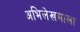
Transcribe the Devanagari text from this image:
अभिलेखमाला